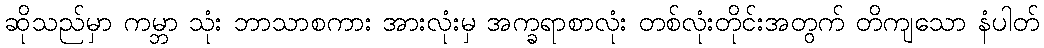
ဆိုသည်မှာ ကမ္ဘာ သုံး ဘာသာစကား အားလုံးမှ အက္ခရာစာလုံး တစ်လုံးတိုင်းအတွက် တိကျသော နံပါတ်